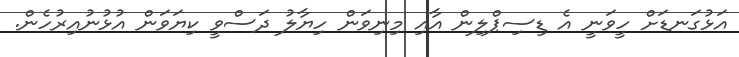
އަޅުގަނޑަށް ހީވަނީ އެ ޑިސިޕްލިން އާއި މިނިވަން ހިޔާލު ދަސްވީ ކިޔަވަން އުޅުނުއިރުހެން.